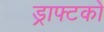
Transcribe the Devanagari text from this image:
ड्राफ्टको